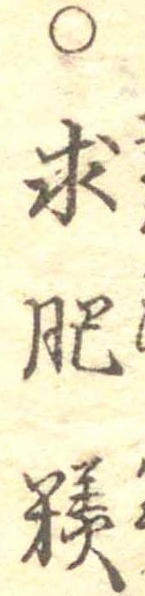
○求肥糕